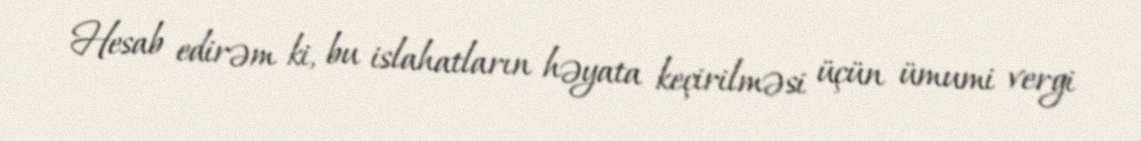
Hesab edirəm ki, bu islahatların həyata keçirilməsi üçün ümumi vergi